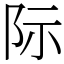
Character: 际